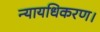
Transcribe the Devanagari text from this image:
न्यायधिकरण।